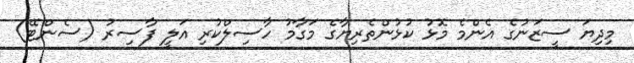
މިދިޔަ ސީޒަނުގެ އެންމެ މޮޅު ކުޅުންތެރިޔާގެ މަގާމު ހާސިލްކުރި އަލީ ފާސިރު (ސެންޓޭ)